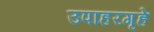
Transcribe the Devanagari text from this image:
उपाहरगृहे